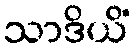
သာဒိယိံ